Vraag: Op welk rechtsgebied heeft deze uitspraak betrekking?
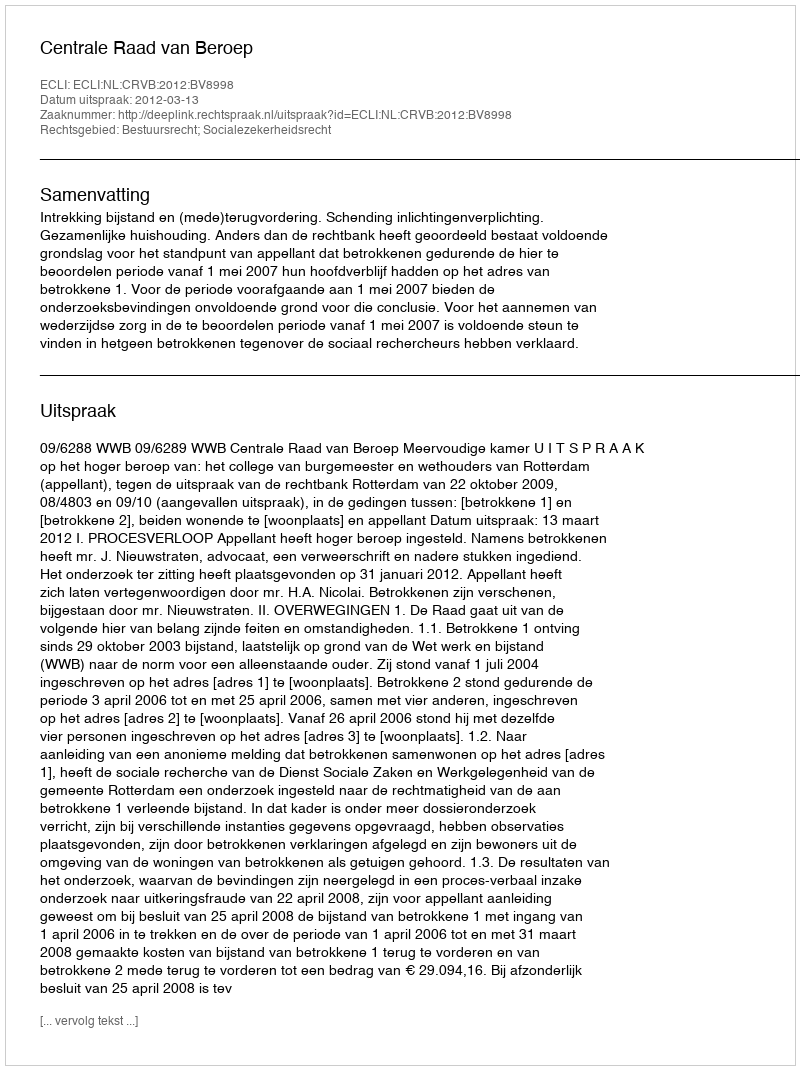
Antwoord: Bestuursrecht; Socialezekerheidsrecht